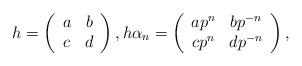
LaTeX: \begin{align*} h = \left( \begin{array}{cc} a & b \\ c & d \end{array}\right), h\alpha_n = \left( \begin{array}{cc} ap^n & bp^{-n} \\ cp^n & dp^{-n} \end{array}\right),\end{align*}